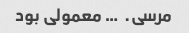
مرسی. ‌ … معمولی بود